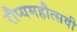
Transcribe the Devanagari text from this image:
रौप्यमहौत्सवी